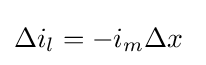
\Delta i_{l}=-i_{m}\Delta x\